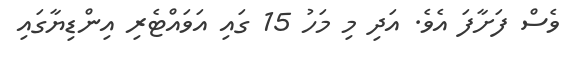
ވެސް ފަށާފަ އެވެ. އަދި މި މަހު 15 ގައި އަވައްޓެރި އިންޑިޔާގައި